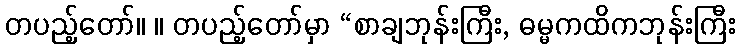
တပည့်တော်။ ။ တပည့်တော်မှာ “စာချဘုန်းကြီး, ဓမ္မကထိကဘုန်းကြီး